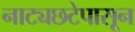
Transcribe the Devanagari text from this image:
नाट्यछटेपासून